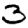
Digit: 3